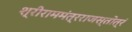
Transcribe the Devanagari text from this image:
श्रीराममंत्रराजस्तोत्रं